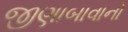
જીણાબાવાનો